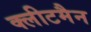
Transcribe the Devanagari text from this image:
क्लीटमैन